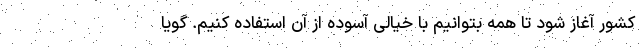
کشور آغاز شود تا همه بتوانیم با خیالی آسوده از آن استفاده کنیم. گویا